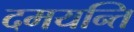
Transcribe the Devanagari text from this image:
दमयन्ति